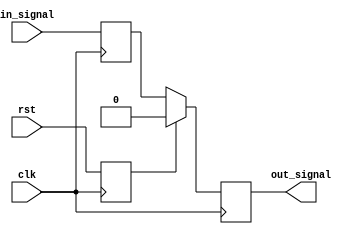
module Synchronizer_with_reset_sync (
    input wire clk,
    input wire rst,
    input wire in_signal,
    output reg out_signal
);

reg synchronized_signal;
reg synchronized_reset;

always @(posedge clk) begin
    synchronized_signal <= in_signal;
    synchronized_reset <= rst;
end

always @(posedge clk) begin
    if(synchronized_reset) begin
        out_signal <= 1'b0;
    end else begin
        out_signal <= synchronized_signal;
    end
end

endmodule